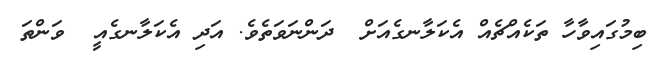
ބިމުގައިވާހާ ތަކެއްޗެއް އެކަލާނގެއަށް  ދަންނަވަތެވެ. އަދި އެކަލާނގެއީ  ވަންތަ